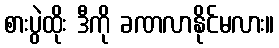
စားပွဲထိုး ဒီကို ခဏလာနိုင်မလား။